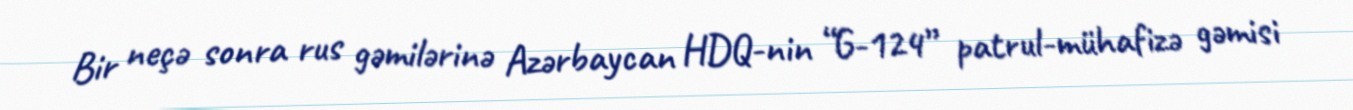
Bir neçə sonra rus gəmilərinə Azərbaycan HDQ-nin “G-124” patrul-mühafizə gəmisi